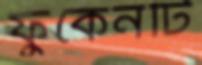
ফুকেনটি